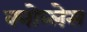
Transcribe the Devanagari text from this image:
क्नोव्लेस